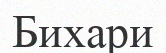
Бихари